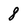
Character: 8